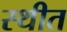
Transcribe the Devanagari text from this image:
स्‍थीत